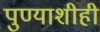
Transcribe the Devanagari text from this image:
पुण्याशीही